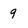
Character: 9